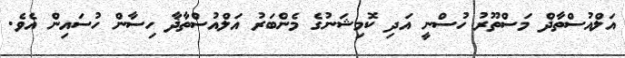
އަލްއުސްތާޛް މަސްތޫރު ހުސްނީ އަދި ކޮމިޝަނުގެ މެންބަރު އަލްއުސްތާޛާ ހިސާން ހުސައިން އެެވެ.